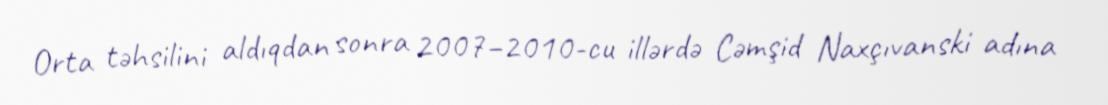
Orta təhsilini aldıqdan sonra 2007–2010-cu illərdə Cəmşid Naxçıvanski adına